Naisuhingud, lk 74
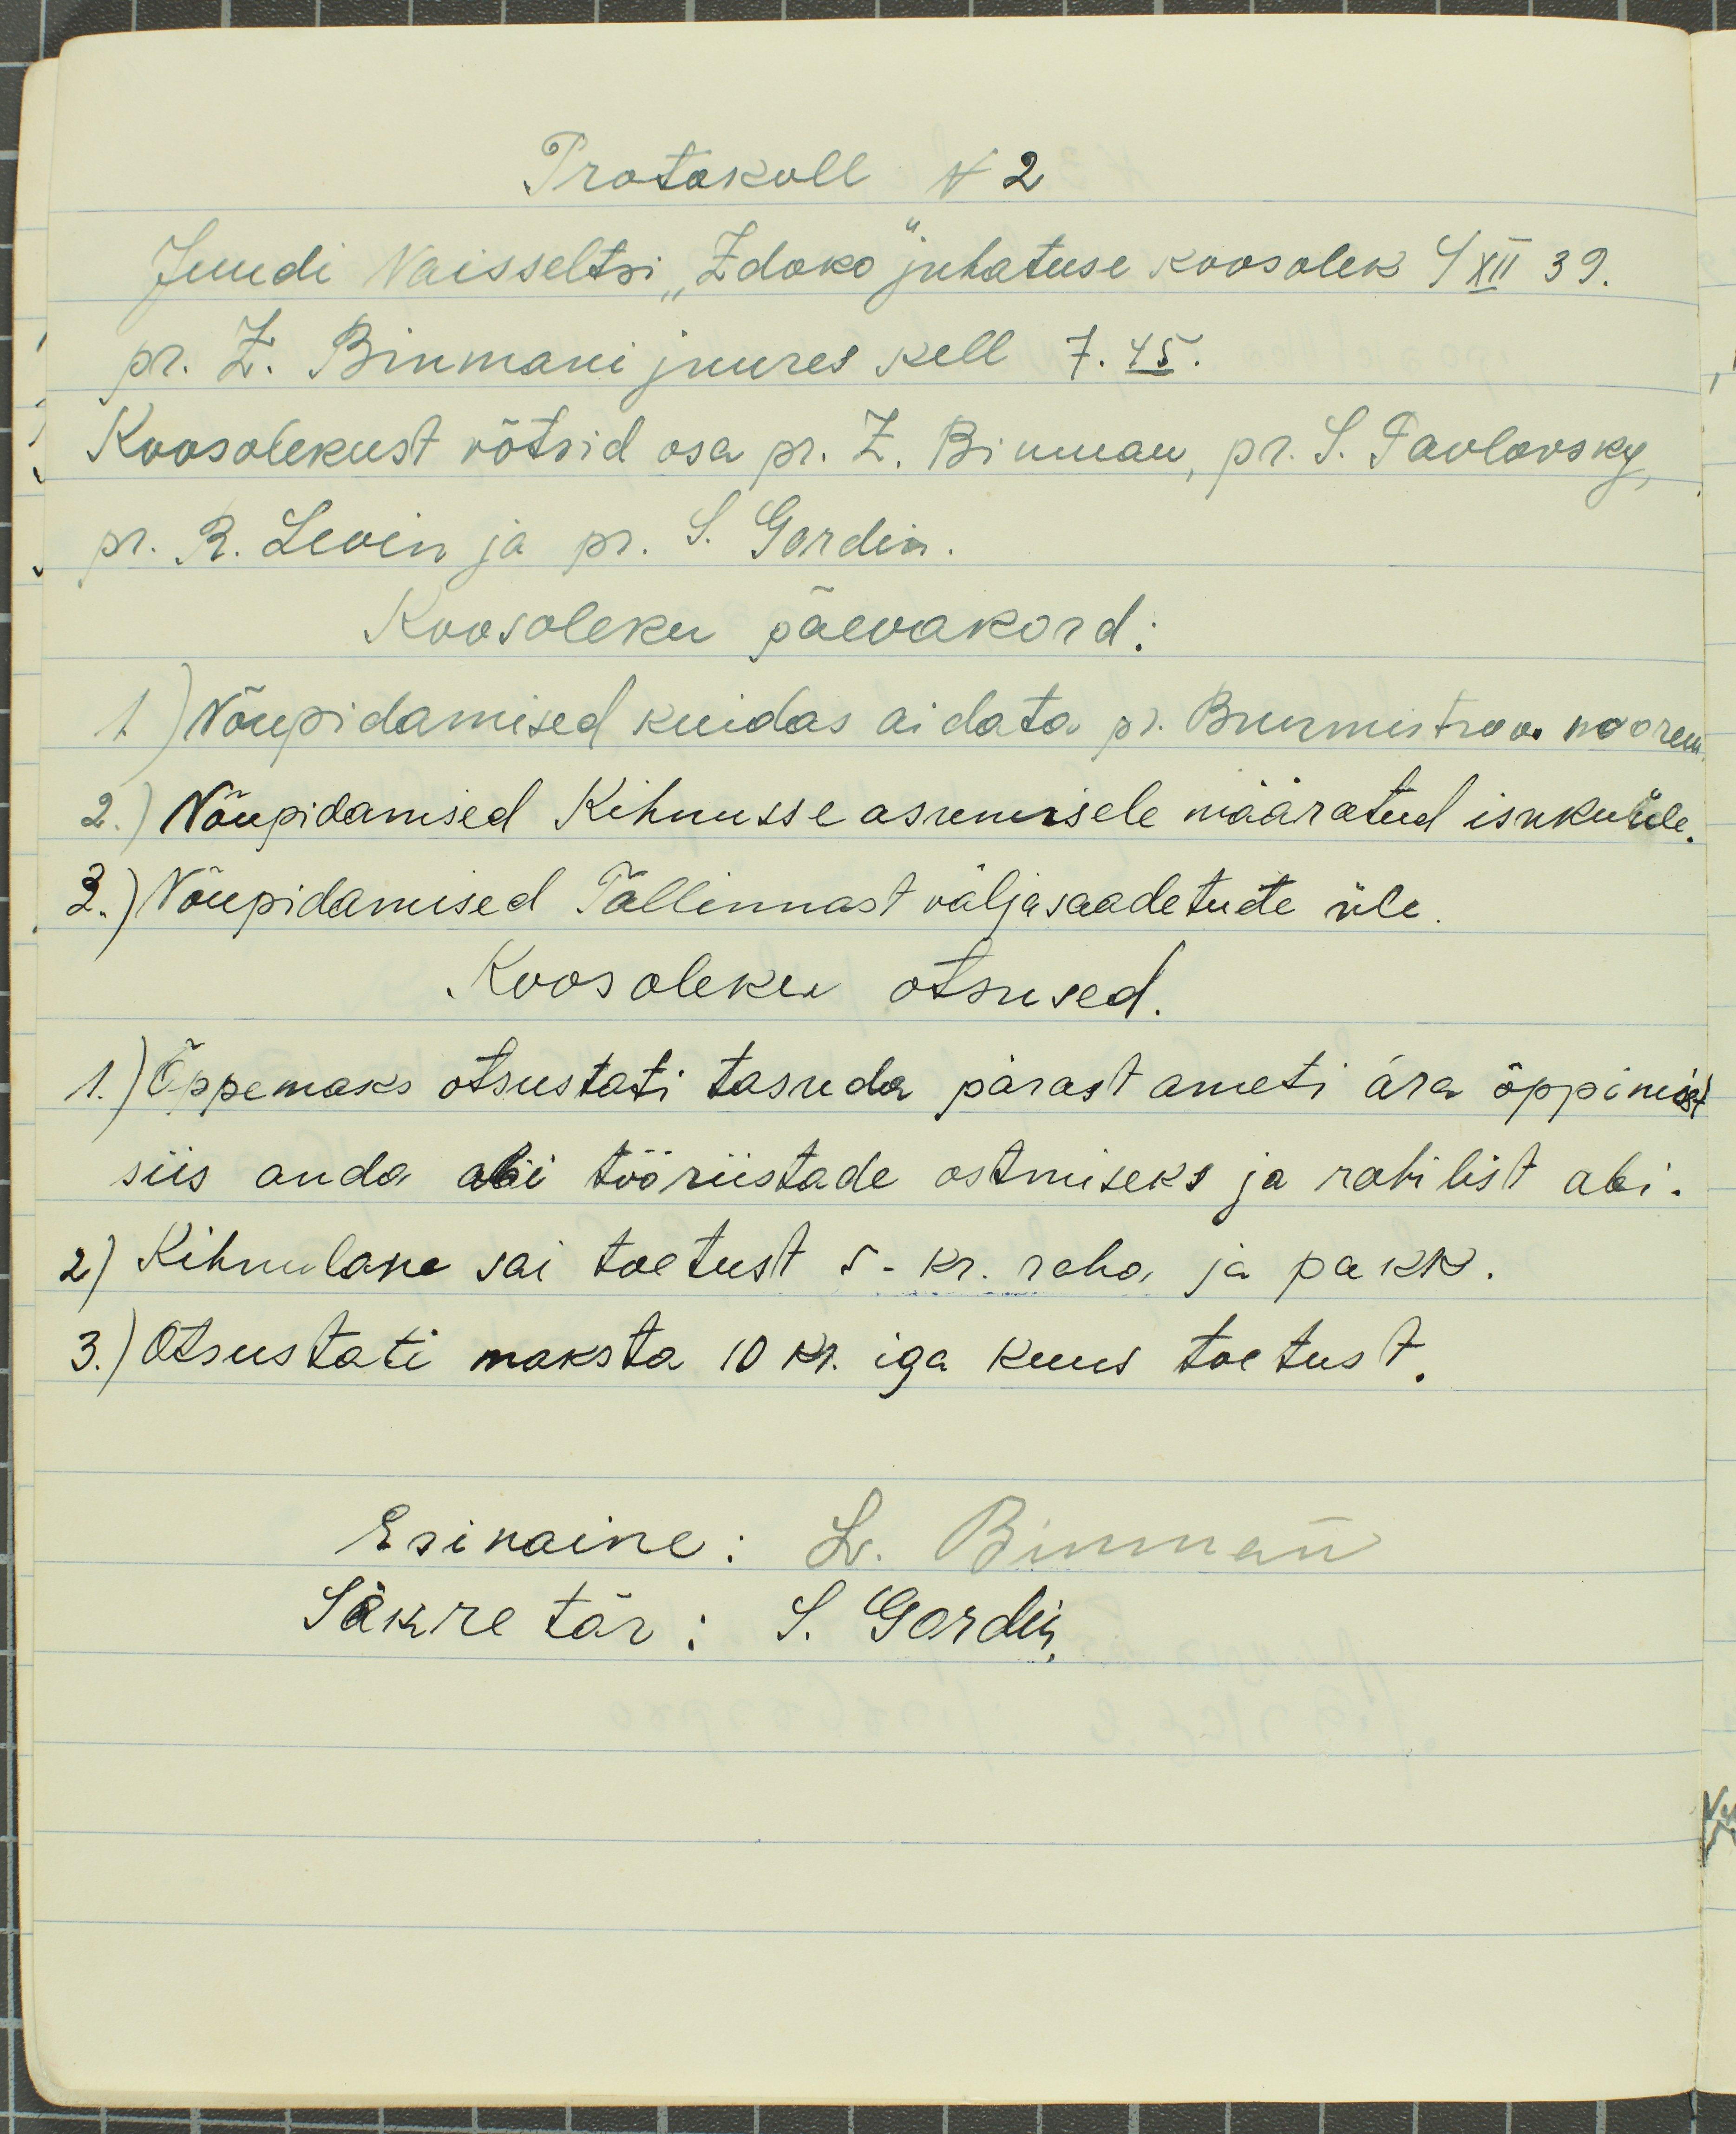
Protokoll N2
Juudi Naisseltsi "Zdoko" juhatuse koosolek 4 XII 39.
pr. Z. Binmani juures kell 7.45.
Koosolekust võtsid osa pr. Z. Binman, pr. S. Pavlovsky
pr. R. Levin ja pr. S. Gordin.
Koosoleku päevakord:
1) Nõupidamised kuidas aidata pr. Burmistrov noorem
2.) Nõupidamised Kihnusse asumisele määratud isukutele.
3.) Nõupidamised Tallinnast väljasaadetute üle.
Koosoleku otsused
1.) Õppemaks otsustati tasuda pärast ameti ära õppimist
siis anda abi tööriistade ostmiseks ja rahilist abi.
2) Kihnulane sai toetust 5. kr. raha ja pakk
3.) Otsustati maksta 10 kr. iga kuus toetust.
Esinaine: L. Binman
Säkretär: S. Gordin